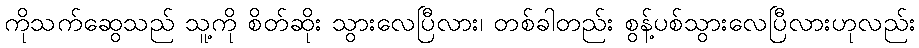
ကိုသက်ဆွေသည် သူ့ကို စိတ်ဆိုး သွားလေပြီလား၊ တစ်ခါတည်း စွန့်ပစ်သွားလေပြီလားဟုလည်း